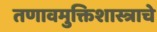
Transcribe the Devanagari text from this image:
तणावमुक्तिशास्त्राचे